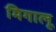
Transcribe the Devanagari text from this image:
मिगालू